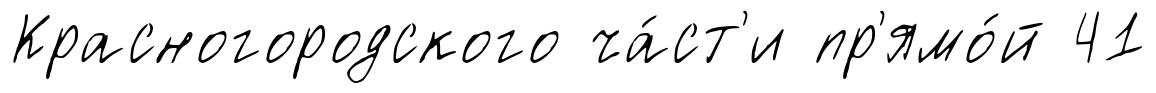
Красногородского ча́ст'и пр'ямо́й 41